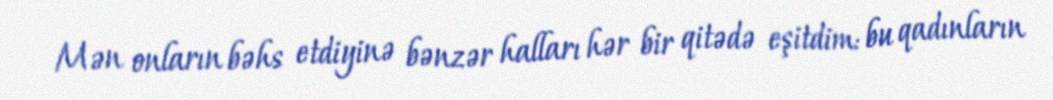
Mən onların bəhs etdiyinə bənzər halları hər bir qitədə eşitdim: bu qadınların